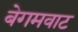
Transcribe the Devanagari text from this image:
बेगमवाट